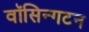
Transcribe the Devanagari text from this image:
वॉसिन्गटन